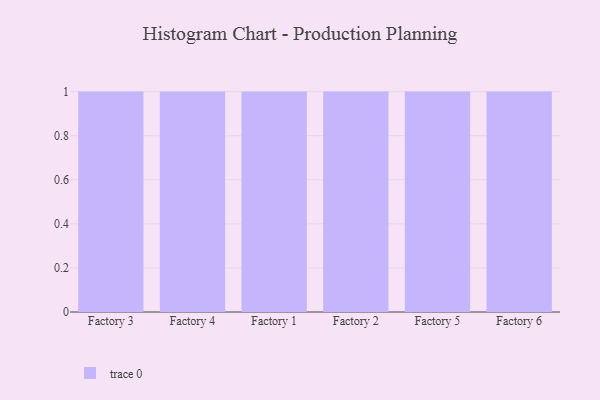
{"axis": {"x": "Factory", "y": "Operating Costs (USD K)"}, "legend": [""], "data": [{"x": "Factory 3", "y": 36, "type": ""}, {"x": "Factory 4", "y": 27, "type": ""}, {"x": "Factory 1", "y": 71, "type": ""}, {"x": "Factory 2", "y": 37, "type": ""}, {"x": "Factory 5", "y": 36, "type": ""}, {"x": "Factory 6", "y": 73, "type": ""}]}